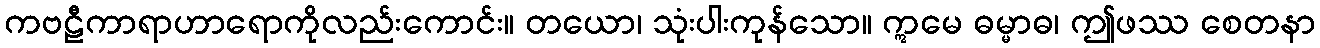
ကဗဠီကာရာဟာရောကိုလည်းကောင်း။ တယော၊ သုံးပါးကုန်သော။ ဣမေ ဓမ္မာဓ၊ ဤဖဿ စေတနာ